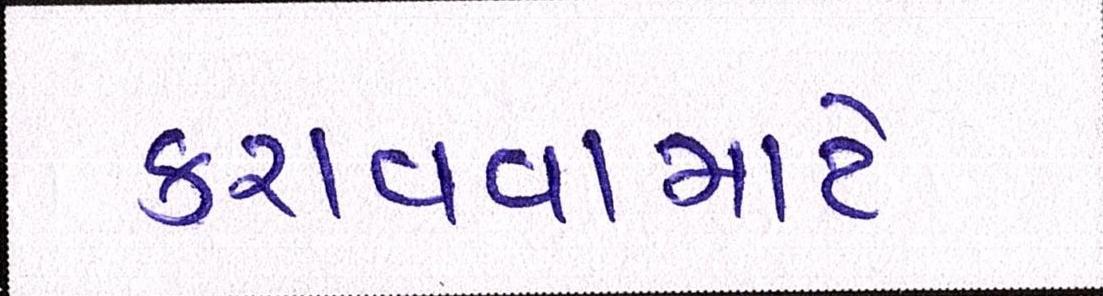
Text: કરાવવામાટે